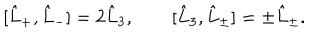
[ \hat { L } _ { + } , \hat { L } _ { - } ] = 2 \hat { L } _ { 3 } , \qquad [ \hat { L } _ { 3 } , \hat { L } _ { \pm } ] = \pm \hat { L } _ { \pm } .